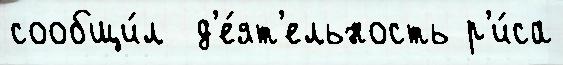
сообщи́л  д'е́ят'ельность р'и́са